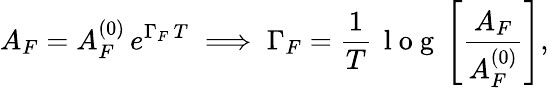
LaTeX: A_{F}=A_{F}^{(0)}\, e^{\Gamma_{F}\, T}\implies\Gamma_{F}=\frac{1}{T}\, \mathrm{~l~o~g~}\left[\frac{A_{F}}{A_{F}^{(0)}}\right],